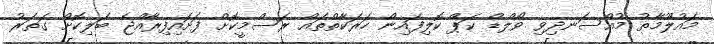
މައުލޫމާތު މުއްސަނދިވި ވޯލްޑް ކަޕް ކޮލިފައިން ހަރަކާތްތައް ރަސްމީކޮށް ފަށައިފިރާއްޖެ ބަލިކޮށް ގަތަރު